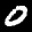
Label: 0